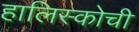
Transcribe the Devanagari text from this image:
हालिस्कोची